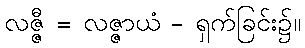
လဇ္ဇီ = လဇ္ဇာယံ - ရှက်ခြင်း၌။